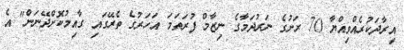
އިރާދަކުރެއްވިއްޔާ 70 ރަށުގެ ނަރުދަމާގެ ނިޒާމް ފުރަތަމަ އަހަރުގެ ތެރޭގައި ގާއިމުކޮށްދޭނަން" އެ